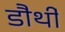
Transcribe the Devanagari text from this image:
डौर्थी